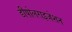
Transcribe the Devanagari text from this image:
डीपोलराइजेशन